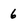
Character: 6